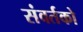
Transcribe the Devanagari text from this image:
संवर्तको